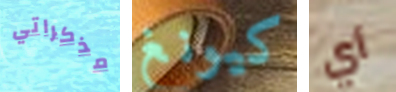
مذكراتي كيونغ أي